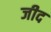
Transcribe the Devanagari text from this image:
जीद